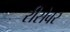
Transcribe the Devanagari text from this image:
रीसेवर